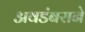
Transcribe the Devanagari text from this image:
अवडंबराने